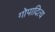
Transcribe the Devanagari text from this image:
गोपादित्य